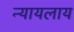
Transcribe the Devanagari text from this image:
न्यायलाय